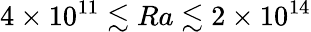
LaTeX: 4\times 10^{11}\lesssim Ra\lesssim 2\times 10^{14}